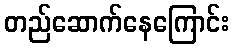
တည်ဆောက်နေကြောင်း